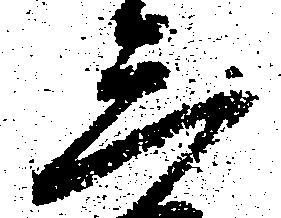
三